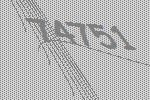
74751